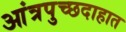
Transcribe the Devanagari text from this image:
आंत्रपुच्छदाहात